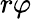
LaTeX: r\varphi